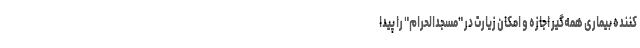
کننده بیماری همه‌گیر اجازه و امکان زیارت در "مسجدالحرام" را پیدا